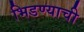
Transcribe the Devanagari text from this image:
भिडण्याची